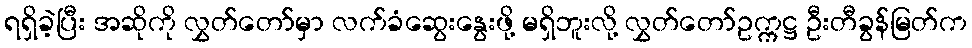
ရရှိခဲ့ပြီး အဆိုကို လွှတ်တော်မှာ လက်ခံဆွေးနွေးဖို့ မရှိဘူးလို့ လွှတ်တော်ဥက္ကဋ္ဌ ဦးတီခွန်မြတ်က